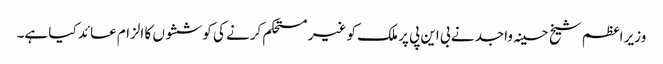
وزیر اعظم شیخ حسینہ واجد نے بی این پی پر ملک کو غیر مستحکم کرنے کی کوششوں کا الزام عائد کیا ہے۔